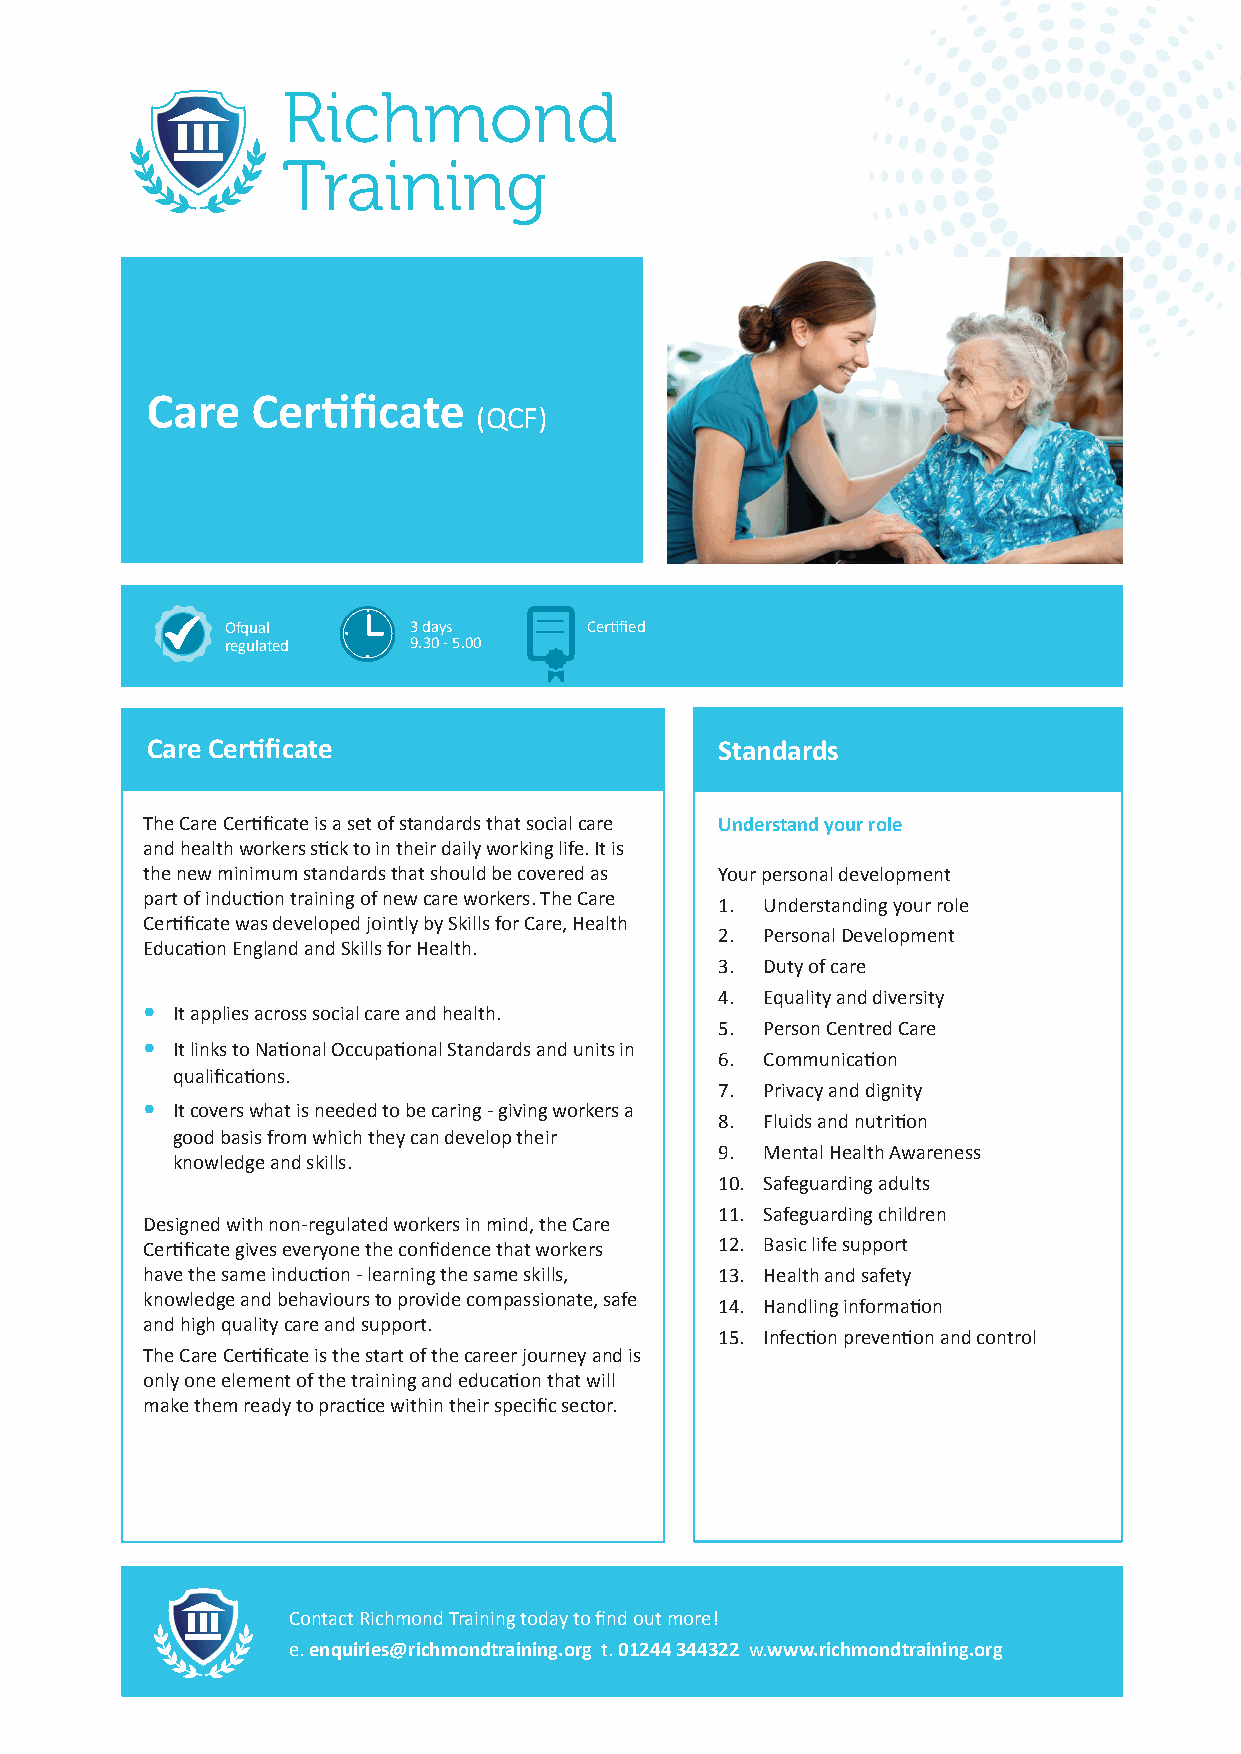
Care   Certificate
 (QCF)
 Ofqual      3 days      Certified
 regulated   9.30 - 5.00
 Care Certificate                      Standards
 The Care Certificate is a set of standards that social care Understand your role
 and health workers stick to in their daily working life. It is
 the new minimum standards that should be covered as Your personal development
 part of induction training of new care workers. The Care
 1. Understanding your role
 Certificate was developed jointly by Skills for Care, Health
 2. Personal Development
 Education England and Skills for Health.
 3. Duty of care
 4. Equality and diversity
 • It applies across social care and health.
 5. Person Centred Care
 • It links to National Occupational Standards and units in
 6. Communication
 qualifications.
 7. Privacy and dignity
 • It covers what is needed to be caring - giving workers a
 8. Fluids and nutrition
 good basis from which they can develop their
 9. Mental Health Awareness
 knowledge and skills.
 10. Safeguarding adults
 11. Safeguarding children
 Designed with non-regulated workers in mind, the Care
 Certificate gives everyone the confidence that workers 12. Basic life support
 have the same induction - learning the same skills, 13. Health and safety
 knowledge and behaviours to provide compassionate, safe
 14. Handling information
 and high quality care and support.
 15. Infection prevention and control
 The Care Certificate is the start of the career journey and is
 only one element of the training and education that will
 make them ready to practice within their specific sector.
 Contact Richmond Training today to find out more!
 e. enquiries@richmondtraining.org t. 01244 344322 w.www.richmondtraining.org